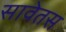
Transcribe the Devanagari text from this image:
सावेतस